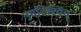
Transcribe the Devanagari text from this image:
उपरिस्वित्